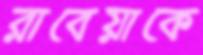
রাবেয়াকে